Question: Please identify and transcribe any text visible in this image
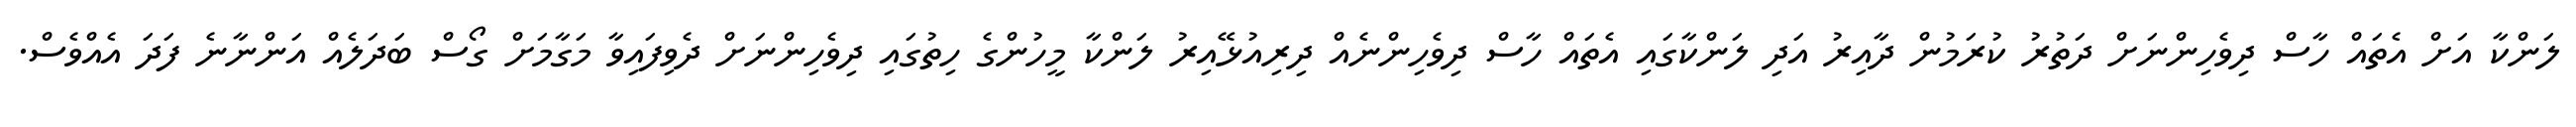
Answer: ލަންކާ އަށް އެތައް ހާސް ދިވެހިންނަށް ދަތުރު ކުރަމުން ދާއިރު އަދި ލަންކާގައި އެތައް ހާސް ދިވެހިންނެއް ދިރިއުޅޭއިރު ލަންކާ މީހުންގެ ހިތުގައި ދިވެހިންނަށް ދެވިފައިވާ މަގާމަށް ގޯސް ބަދަލެއް އަންނާނެ ފަދަ އެއްވެސް.